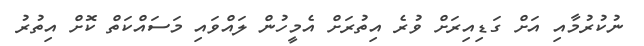
ނުކުރުމާއި އަށް ގަޑިއިރަށް ވުރެ އިތުރަށް އެމީހުން ލައްވައި މަސައްކަތް ކޮށް އިތުރު